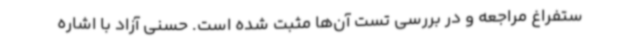
ستفراغ مراجعه و در بررسی تست آن‌ها مثبت شده است. حسنی آزاد با اشاره